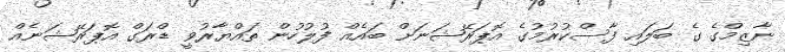
ނާޒިމްގެ ގެ ބަލައި ފާސްކުރުމުގެ އޮޮޕަރޭޝަނަށް ބައެއް ފުލުހުން ތައްޔާރުވީ ޑްރަގް އޮޕަރޭޝަނެއް